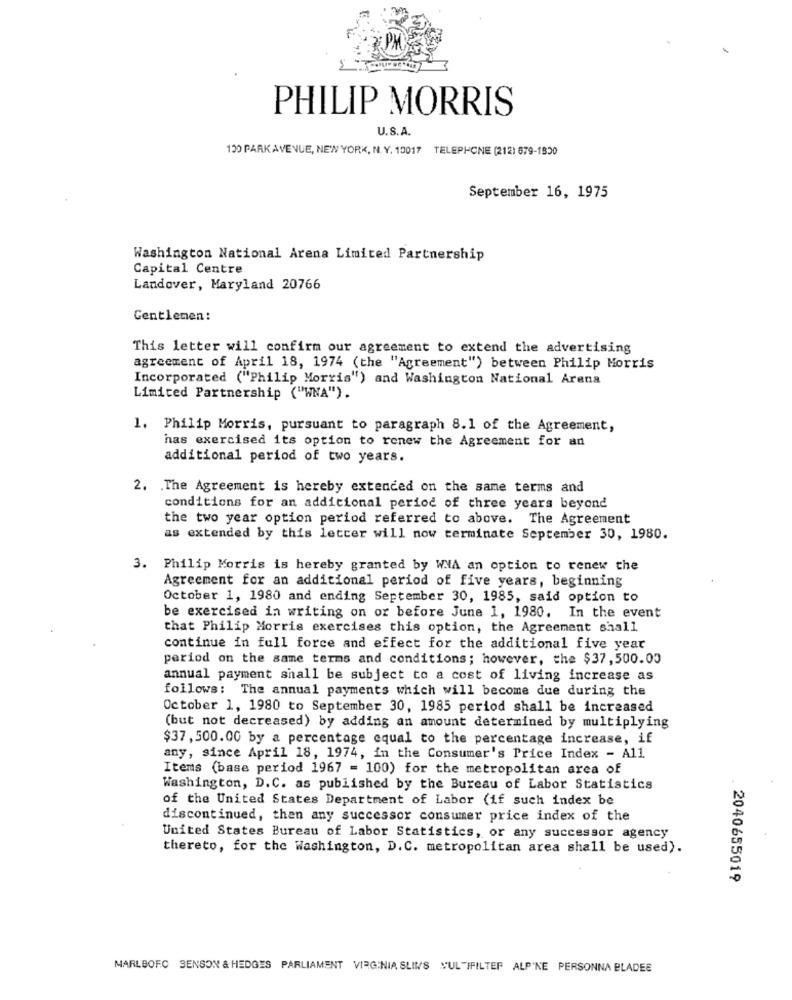
PHILIP MORRIS
U.S.A.
130 PARK AVENUE, NEW YORK, N. Y. 10017 TELEPHONE (212) 679-1800
September 16, 1975
Washington National Arena Limited Partnership
Capital Centre
Landover, Maryland 20766
Gentlemen:
This letter will confirm our agreement to extend the advertising
agreement of April 18, 1974 (the "Agreement") between Philip Morris
Incorporated ("Philip Morris") and Washington National Arena
Limited Partnership ("WNA").
1. Philip Morris, pursuant to paragraph 8.1 of the Agreement,
has exercised its option to renew the Agreement for an
additional period of two years.
2. The Agreement is hereby extended on the same terms and
conditions for an additional period of three years beyond
the two year option period referred to above. The Agreement
as extended by this letter will now terminate September 30, 1980.
3. Philip Morris is hereby granted by WHA an option to renew the
Agreement for an additional period of five years, beginning
October 1, 1980 and ending September 30, 1985, said option to
be exercised in writing on or before June 1, 1980. In the event
that Philip Morris exercises this option, the Agreement shall
continue in full force and effect for the additional five year
period on the same terms and conditions; however, the $37,500.00
annual payment shall be subject to a cost of living increase as
follows: The annual payments which will become due during the
October 1, 1980 to September 30, 1985 period shall be increased
(but not decreased) by adding an amount determined by multiplying
$37,500.00 by a percentage equal to the percentage increase, if
any, since April 18, 1974, in the Consumer's Price Index - All
Items (base period 1967 = 100) for the metropolitan area of
Washington, D.C. as published by the Bureau of Labor Statistics
of the United States Department of Labor (if such index be
discontinued, then any successor consumer price index of the
United States Bureau of Labor Statistics, or any successor agency
thereto, for the Washington, D.C. metropolitan area shall be used).
2040655019
MARLBORO SENSON & HEDGES PARLIAMENT VIRGINIA SLIMS YUL IFILTER ALP'NE PERSONNA BLADEE